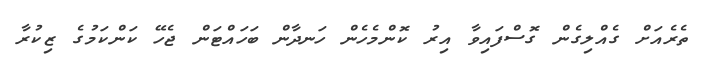
ތެރެއަށް ގެއްލިގެން ގޮސްފައިވާ އިރު ކޮންމެހެން ހަނދާން ބަހައްޓަން ޖެހޭ ކަންކަމުގެ ޒިކުރާ